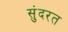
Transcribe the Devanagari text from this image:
सुंदरत